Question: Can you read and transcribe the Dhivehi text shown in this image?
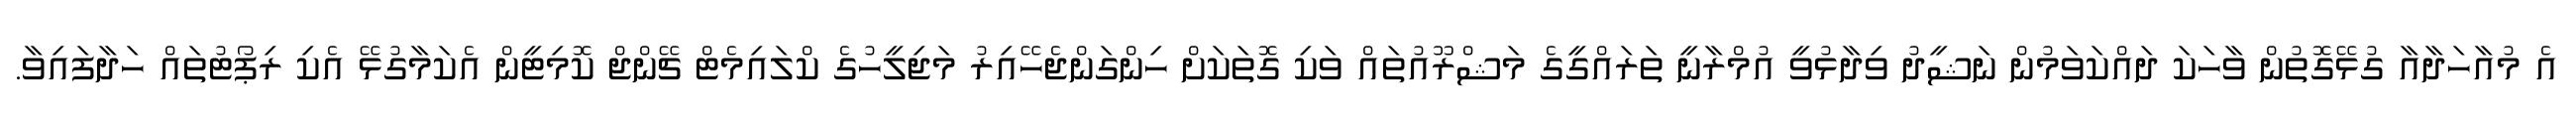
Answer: އެ މުއާހަދާއާ ގުޅޭގޮތުން ވާހަކަ ދައްކަވަމުން ނަޝީދު ވިދާޅުވީ އުމްރާނީ ތަރައްގީގެ މަޝްރޫއުތައް ވަކި ގޮތަކަށް ހިންގަންޖެހޭއިރު މަޖިލީހުގެ ކްލައިމެޓް ޗޭންޖް ކޮމިޓީން އެކަމާގުޅޭ އެކި ރިޕޯޓުތައް ހަދާފައިވާ.